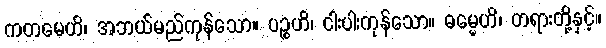
ကတမေဟိ၊ အဘယ်မည်ကုန်သော။ ပဉ္စဟိ၊ ငါးပါးကုန်သော။ ဓမ္မေဟိ၊ တရားတို့နှင့်။